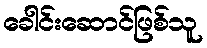
ခေါင်းဆောင်ဖြစ်သူ